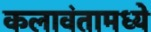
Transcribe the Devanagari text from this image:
कलावंतामध्ये